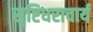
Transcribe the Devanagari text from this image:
सृष्टिधराचार्य